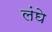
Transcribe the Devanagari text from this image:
लंघे